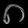
Digit: ၈